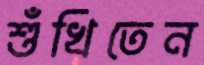
শুঁখিতেন